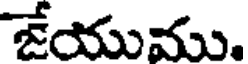
జేయుము.